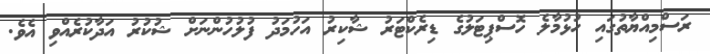
ރަސްމިއްޔާތުގައި ހުޅުމާލެ ހޮސްޕިޓަލުގެ ޑިރެކްޓަރު ޝާކިރު އަހުމަދު ފުލުހުންނަށް ޝުކުރު އަދާކުރެއްވި އެވެ.